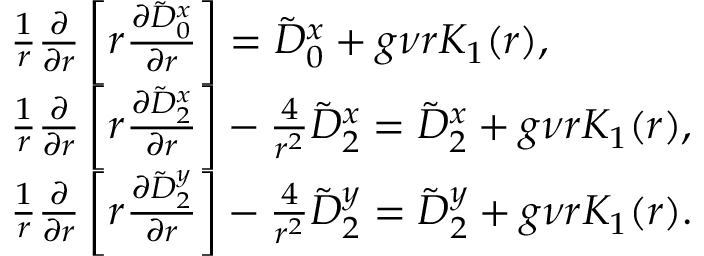
\begin{array} { r l } & { \frac { 1 } { r } \frac { \partial } { \partial r } \left[ r \frac { \partial \tilde { D } _ { 0 } ^ { x } } { \partial r } \right] = \tilde { D } _ { 0 } ^ { x } + g \nu r K _ { 1 } ( r ) , } \\ & { \frac { 1 } { r } \frac { \partial } { \partial r } \left[ r \frac { \partial \tilde { D } _ { 2 } ^ { x } } { \partial r } \right] - \frac { 4 } { r ^ { 2 } } \tilde { D } _ { 2 } ^ { x } = \tilde { D } _ { 2 } ^ { x } + g \nu r K _ { 1 } ( r ) , } \\ & { \frac { 1 } { r } \frac { \partial } { \partial r } \left[ r \frac { \partial \tilde { D } _ { 2 } ^ { y } } { \partial r } \right] - \frac { 4 } { r ^ { 2 } } \tilde { D } _ { 2 } ^ { y } = \tilde { D } _ { 2 } ^ { y } + g \nu r K _ { 1 } ( r ) . } \end{array}